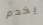
يخدم